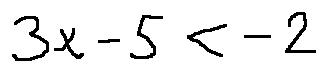
3 x - 5 < - 2